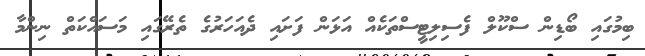
ބިމުގައި ބޯޑިން ސްކޫލް ފެސިލިޓީސްތަކެއް އަޅަން ފަށައި ދެއަހަރުގެ ތެރޭގައި މަސައްކަތް ނިންމާ